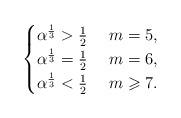
LaTeX: \begin{align*}\begin{cases}\alpha^{\frac13}>\frac12 & ~m=5,\\\alpha^{\frac13}=\frac12 & ~m=6,\\\alpha^{\frac13}<\frac12 & ~m\geqslant 7.\end{cases}\end{align*}